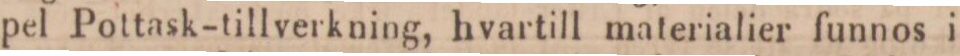
pel Pottask-tillverkning, hvartill materialier funnos i